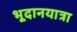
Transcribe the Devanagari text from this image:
भूदानयात्रा